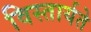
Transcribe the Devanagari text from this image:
विस्तार्यते